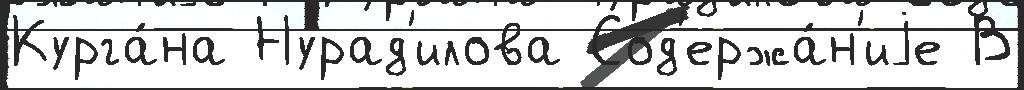
Курга́на Нурад'илова Сод'ержа́н'иjе В